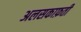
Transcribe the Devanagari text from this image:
अलसकाफ़ती